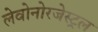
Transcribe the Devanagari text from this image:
लेवोनोरजेस्ट्रल